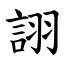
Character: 詡